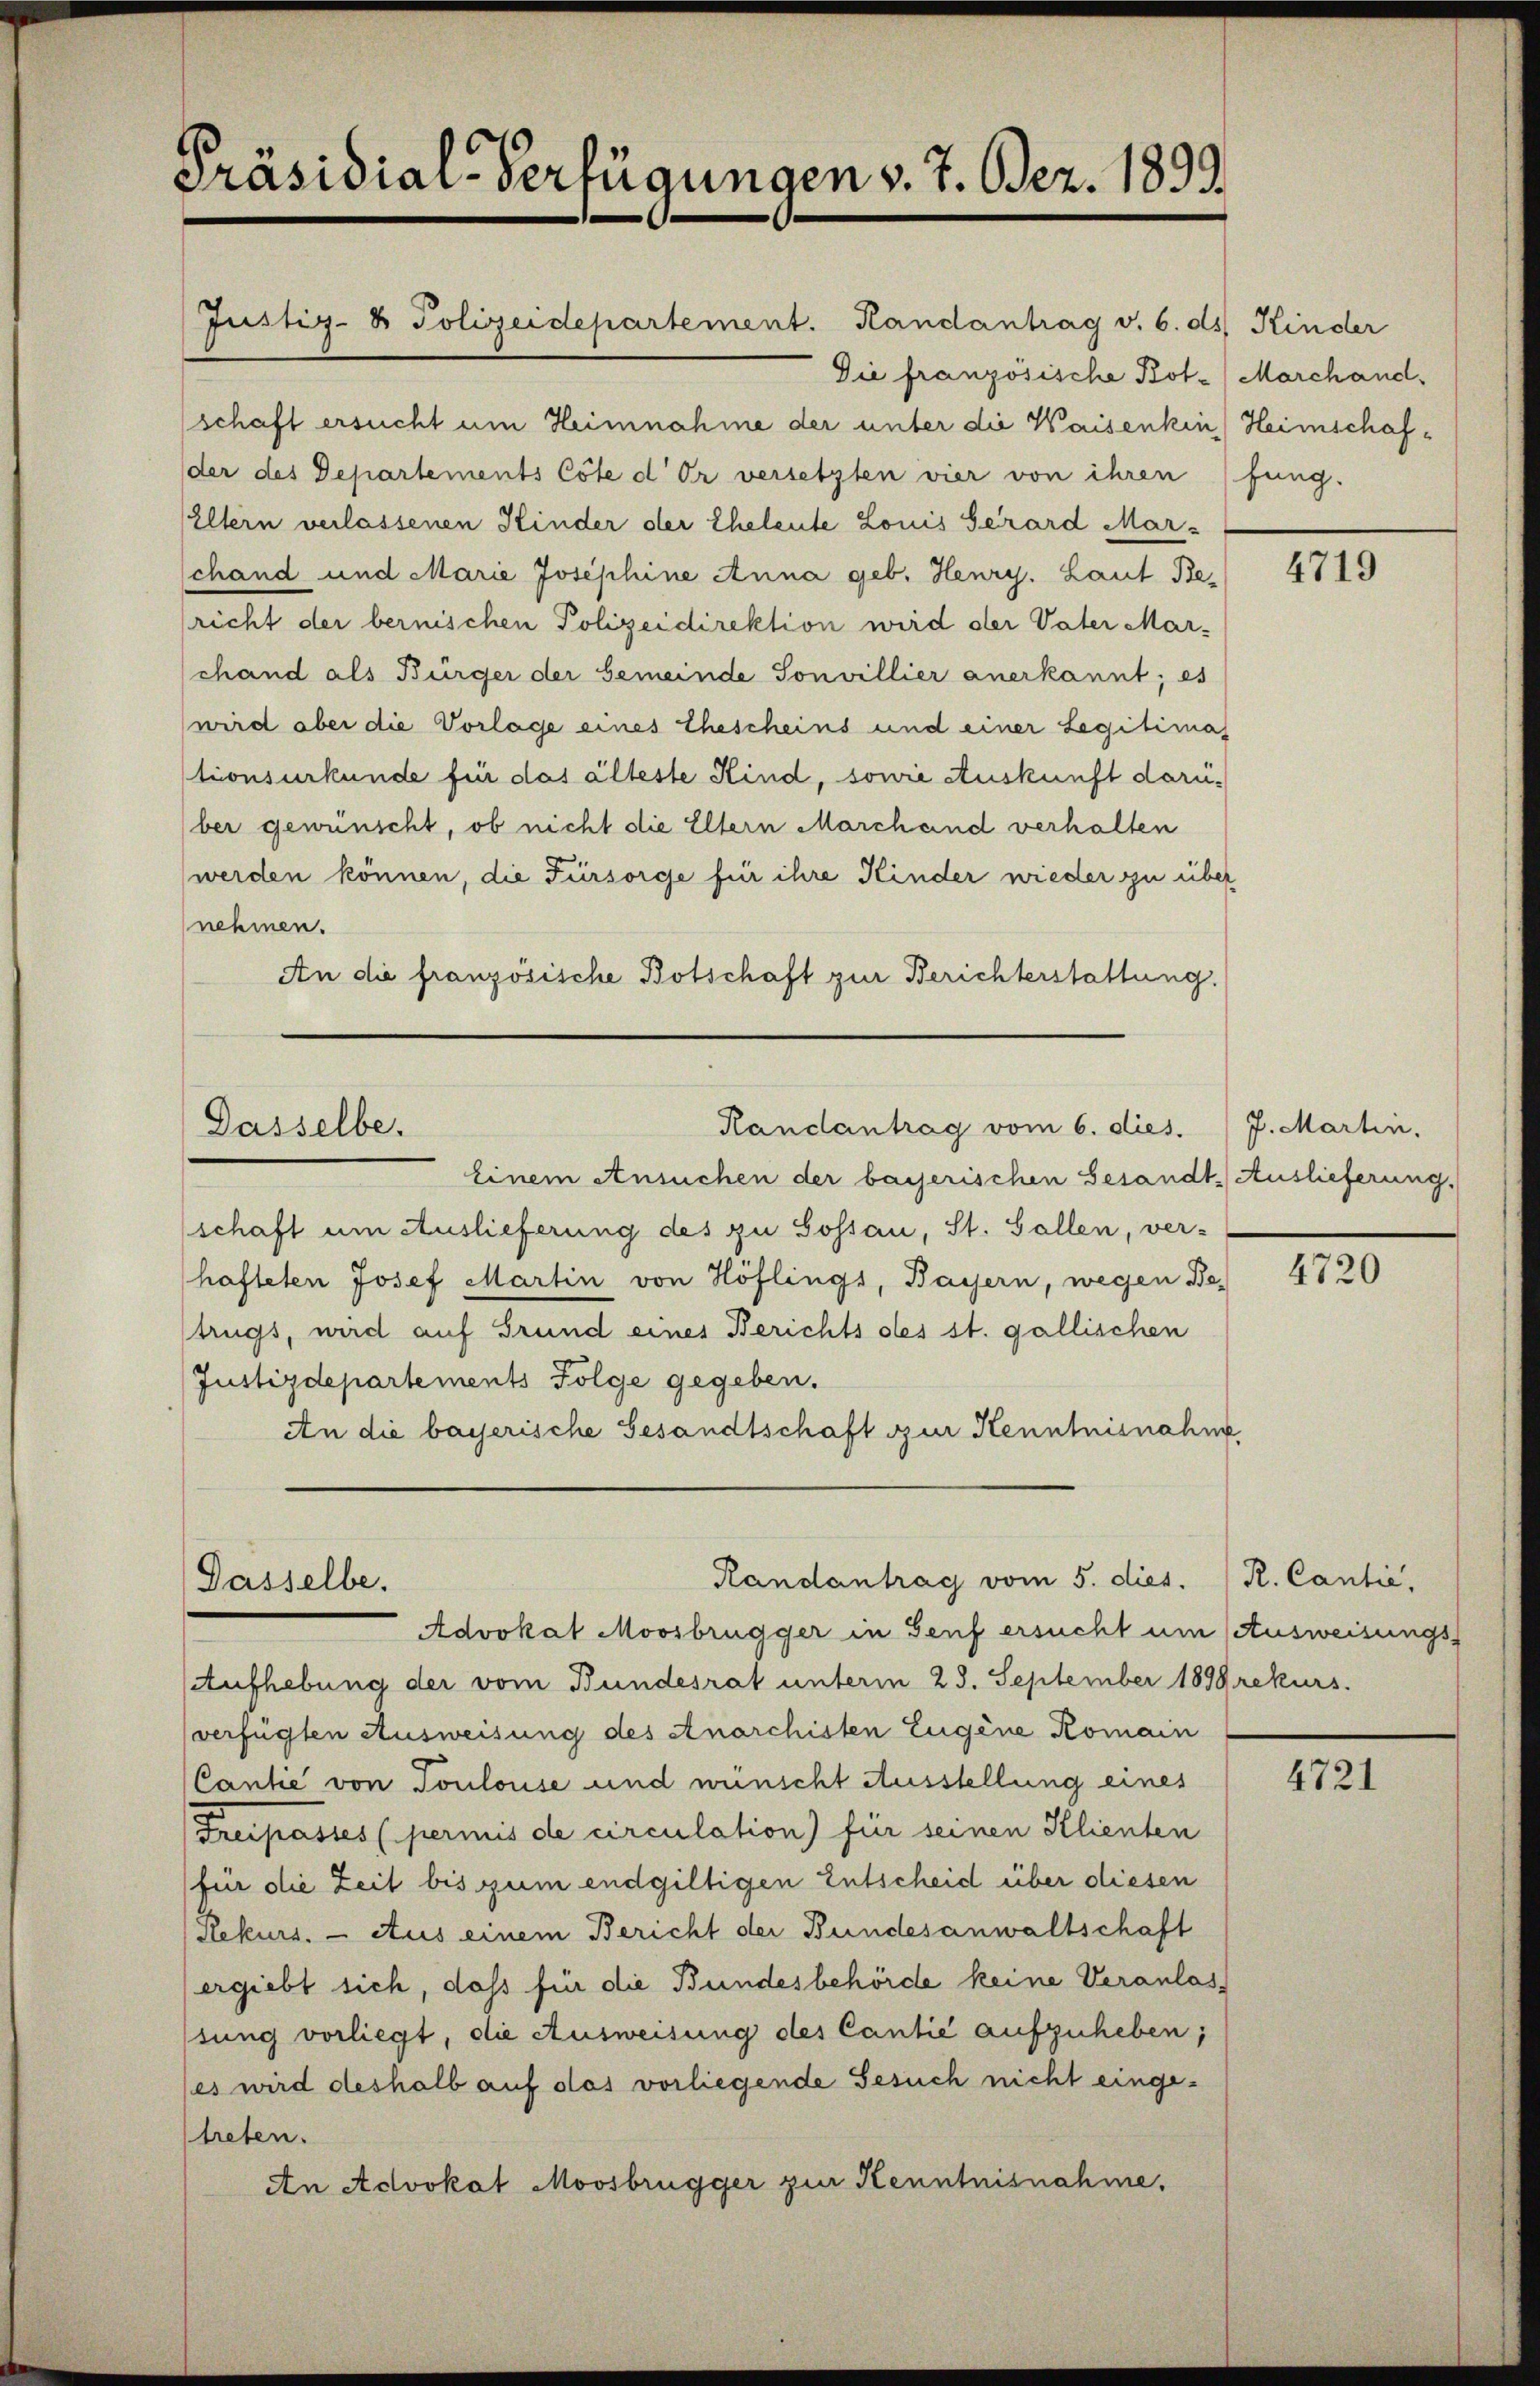
Präsidial-Verfügungen v. 7. Bez. 1899.

Dasselbe.

Dasselbe.

Justiz- & Polizeidepartement. Handantrag v. 6. ds. Kinder
Die französische Bot- Marchand,
schaft ersucht um Heimnahme der unter die Waisenkin) Heimschafder des Departements Cöle der versetzten vier von ihren (fung.
Eltern verlassenen Kinder der Eheleute Louis Serard Mar-
schand und Marie Josephine Anna geb. Henry. Laut Bericht der bernischen Polizeidirektion wird der Vater Marchand als Bürger der Gemeinde Sonvillier anerkannt; es
wird ober die Vorlage eines Ehescheins und einer Legitimas
tionsurkunde für das älteste Kind, sowie Auskunft darüber gewünscht, ob nicht die Eltern Marchand verhalten
werden können, die Fürsorge für ihre Kinder wieder zu über
nehmen.
An die französische Botschaft zur Berichterstattung.

Handantrag vom 6. dies.

Einem Ansuchen der bayerischen Gesandt, Auslieferung,
schaft um Auslieferung des zu Sossau, St. Gallen, ver-
hafteten Josef Martin von Höflings, Bayern, wegen Betrugs, wird auf Grund eines Berichts des st. gallischen
Justizdepartements Folge gegeben.
An die bayerische Gesandtschaft zur Kenntnisnahme

Randantrag vom 5. dies. R. Cantie,

Advokat Moosbrügger in Genf ersucht um Ausweisungs¬
Aufhebung der vom Bundesrat unterm 28. September 1899 rekurs.
verfügten Ausweisung des Anarchisten Eugene Romain
Cantie von Toulouse und wünscht Ausstellung eines
Freipasses (permis de circulation) für seinen Klienten
für die Zeit bis zum endgültigen Entscheid über diesen
Rekurs. — Aus einem Bericht der Bundesanwaltschaft
ergiebt sich, daß für die Bundesbehörde keine Veranlassung vorliegt, die Ausweisung des Cantie aufzuheben;
(es wird deshalb auf das vorliegende Gesuch nicht eingetreten.
An Advokat Moosbrügger zur Kenntnisnahme,

4719

7. Martin.

4720

4721